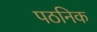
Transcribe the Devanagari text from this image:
पठनिक